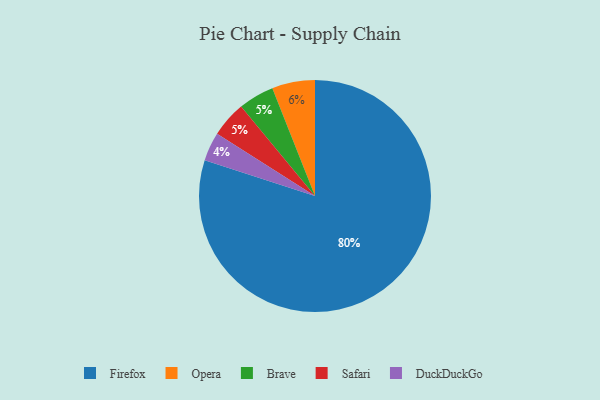
{"axis": {"x": "Category", "y": "Percentage"}, "legend": ["Brave", "DuckDuckGo", "Firefox", "Opera", "Safari"], "data": [{"x": "Firefox", "y": 80, "type": "Firefox"}, {"x": "Brave", "y": 5, "type": "Brave"}, {"x": "Safari", "y": 5, "type": "Safari"}, {"x": "DuckDuckGo", "y": 4, "type": "DuckDuckGo"}, {"x": "Opera", "y": 6, "type": "Opera"}]}